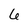
Character: 6